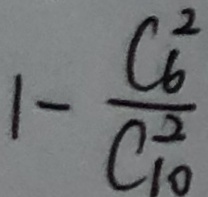
1 - \frac { C _ { 6 } ^ { 2 } } { C _ { 1 0 } ^ { 2 } }